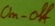
Text: On-off